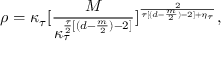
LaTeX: \rho = \kappa _ { \tau } [ \frac { M } { \kappa _ { \tau } ^ { \frac { \tau } { 2 } [ ( d - \frac { m } { 2 } ) - 2 ] } } ] ^ { \frac { 2 } { \tau [ ( d - \frac { m } { 2 } ) - 2 ] + \eta _ { \tau } } } ,